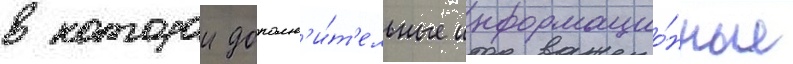
в которои дополн'и́т'ельные информацио́нные